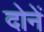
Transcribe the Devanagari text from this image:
दोनें